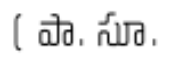
( పా. సూ.